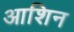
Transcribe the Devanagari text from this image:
आशिन